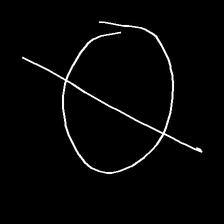
Glyph: orb